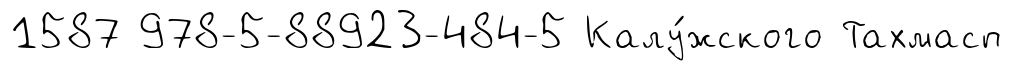
1587 978-5-88923-484-5 Калу́жского Тахмасп